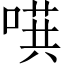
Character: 𱓴